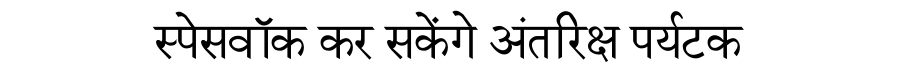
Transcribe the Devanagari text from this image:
स्पेसवॉक कर सकेंगे अंतरिक्ष पर्यटक